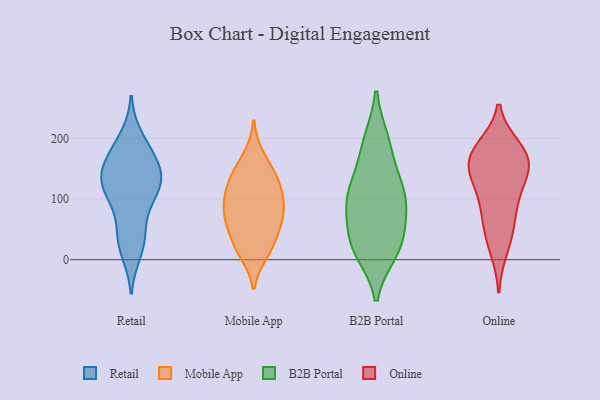
{"axis": {"x": "Tickets Resolved", "y": "Value"}, "legend": ["B2B Portal", "Mobile App", "Online", "Retail"], "data": [{"x": "", "y": 115, "type": "Retail"}, {"x": "", "y": 153, "type": "Retail"}, {"x": "", "y": 121, "type": "Retail"}, {"x": "", "y": 179, "type": "Retail"}, {"x": "", "y": 126, "type": "Retail"}, {"x": "", "y": 135, "type": "Retail"}, {"x": "", "y": 31, "type": "Retail"}, {"x": "", "y": 155, "type": "Retail"}, {"x": "", "y": 65, "type": "Retail"}, {"x": "", "y": 174, "type": "Retail"}, {"x": "", "y": 124, "type": "Retail"}, {"x": "", "y": 35, "type": "Retail"}, {"x": "", "y": 200, "type": "Retail"}, {"x": "", "y": 14, "type": "Retail"}, {"x": "", "y": 107, "type": "Retail"}, {"x": "", "y": 170, "type": "Mobile App"}, {"x": "", "y": 137, "type": "Mobile App"}, {"x": "", "y": 23, "type": "Mobile App"}, {"x": "", "y": 12, "type": "Mobile App"}, {"x": "", "y": 85, "type": "Mobile App"}, {"x": "", "y": 85, "type": "Mobile App"}, {"x": "", "y": 68, "type": "Mobile App"}, {"x": "", "y": 119, "type": "Mobile App"}, {"x": "", "y": 99, "type": "Mobile App"}, {"x": "", "y": 121, "type": "Mobile App"}, {"x": "", "y": 143, "type": "Mobile App"}, {"x": "", "y": 63, "type": "Mobile App"}, {"x": "", "y": 57, "type": "Mobile App"}, {"x": "", "y": 22, "type": "Mobile App"}, {"x": "", "y": 101, "type": "B2B Portal"}, {"x": "", "y": 197, "type": "B2B Portal"}, {"x": "", "y": 151, "type": "B2B Portal"}, {"x": "", "y": 20, "type": "B2B Portal"}, {"x": "", "y": 56, "type": "B2B Portal"}, {"x": "", "y": 104, "type": "B2B Portal"}, {"x": "", "y": 31, "type": "B2B Portal"}, {"x": "", "y": 100, "type": "B2B Portal"}, {"x": "", "y": 120, "type": "B2B Portal"}, {"x": "", "y": 83, "type": "B2B Portal"}, {"x": "", "y": 19, "type": "B2B Portal"}, {"x": "", "y": 194, "type": "B2B Portal"}, {"x": "", "y": 13, "type": "B2B Portal"}, {"x": "", "y": 62, "type": "Online"}, {"x": "", "y": 168, "type": "Online"}, {"x": "", "y": 97, "type": "Online"}, {"x": "", "y": 184, "type": "Online"}, {"x": "", "y": 138, "type": "Online"}, {"x": "", "y": 107, "type": "Online"}, {"x": "", "y": 176, "type": "Online"}, {"x": "", "y": 148, "type": "Online"}, {"x": "", "y": 18, "type": "Online"}, {"x": "", "y": 173, "type": "Online"}, {"x": "", "y": 152, "type": "Online"}, {"x": "", "y": 49, "type": "Online"}]}